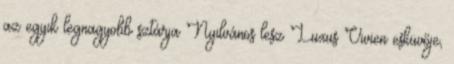
az egyik legnagyobb sztárja Nyilvános lesz Luxus Vivien esküvője,